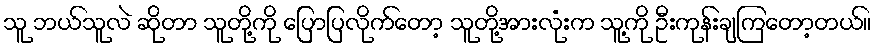
သူ ဘယ်သူလဲ ဆိုတာ သူတို့ကို ပြောပြလိုက်တော့ သူတို့အားလုံးက သူ့ကို ဦးကုန်းချကြတော့တယ်။